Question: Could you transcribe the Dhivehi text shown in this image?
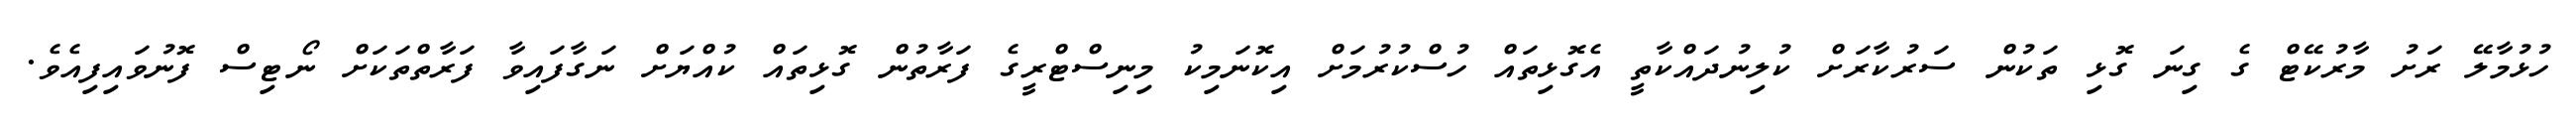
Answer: ހުޅުމާލޭ ރަށު މާރުކޭޓް ގެ ގިނަ ގޮޅި ތަކުން ސަރުކާރަށް ކުލިނުދައްކާތީ އެގޮޅިތައް ހުސްކުރުމަށް އިކޮނަމިކު މިނިސްޓްރީގެ ފަރާތުން ގޮޅިތައް ކުއްޔަށް ނަގާފައިވާ ފަރާތްތަކަށް ނޯޓިސް ފޮނުވައިފިއެވެ.